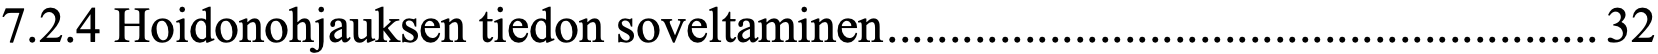
7.2.4 Hoidonohjauksen tiedon soveltaminen ......................................................... 32